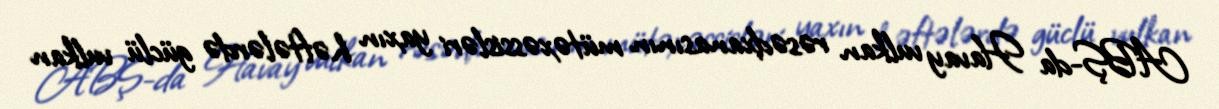
ABŞ-da Havay vulkan rəsədxanasının mütəxəssisləri yaxın həftələrdə güclü vulkan